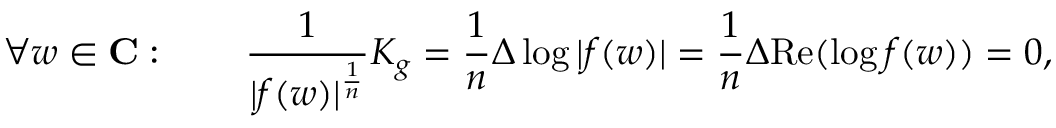
\forall w \in \mathbf { C } : \qquad { \frac { 1 } { | f ( w ) | ^ { \frac { 1 } { n } } } } K _ { g } = { \frac { 1 } { n } } \Delta \log | f ( w ) | = { \frac { 1 } { n } } \Delta { \mathrm { R e } } ( \log f ( w ) ) = 0 ,